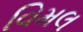
વિમલ